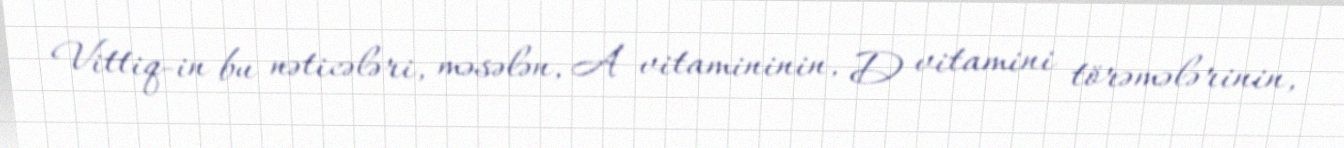
Vittiq-in bu nəticələri, məsələn, A vitamininin, D vitamini törəmələrinin,